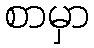
စာမှာ